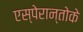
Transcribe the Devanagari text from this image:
एस्पेरान्तोके